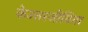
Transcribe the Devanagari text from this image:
केउत्तरजीविता